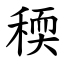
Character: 稬